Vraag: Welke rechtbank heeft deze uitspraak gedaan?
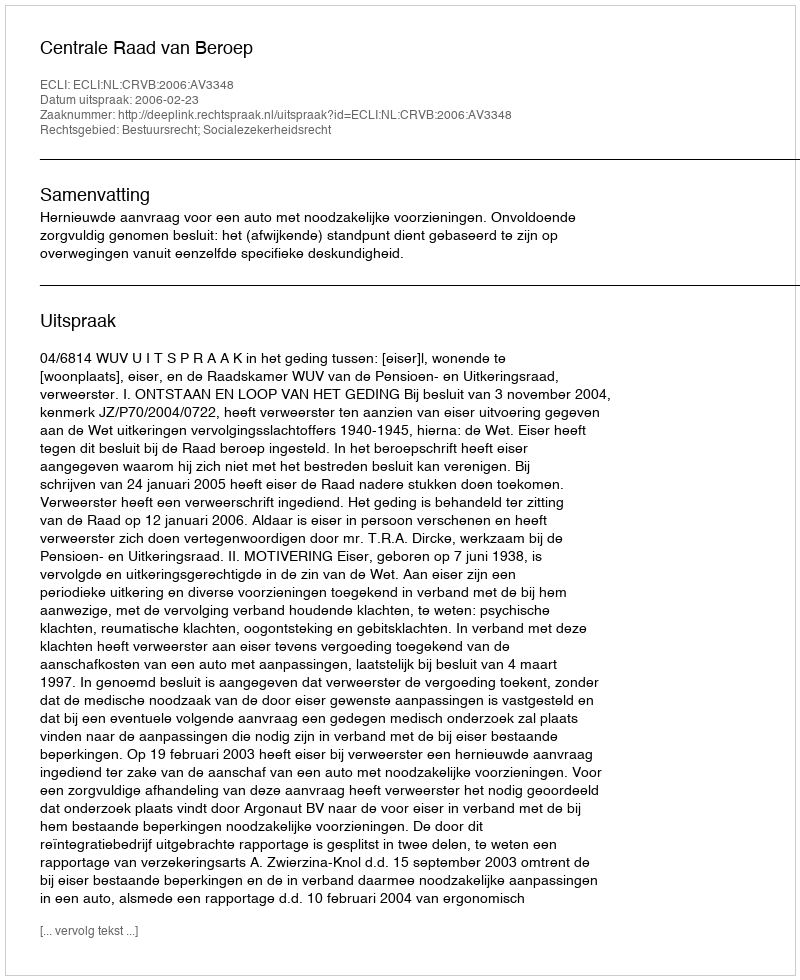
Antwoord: Centrale Raad van Beroep